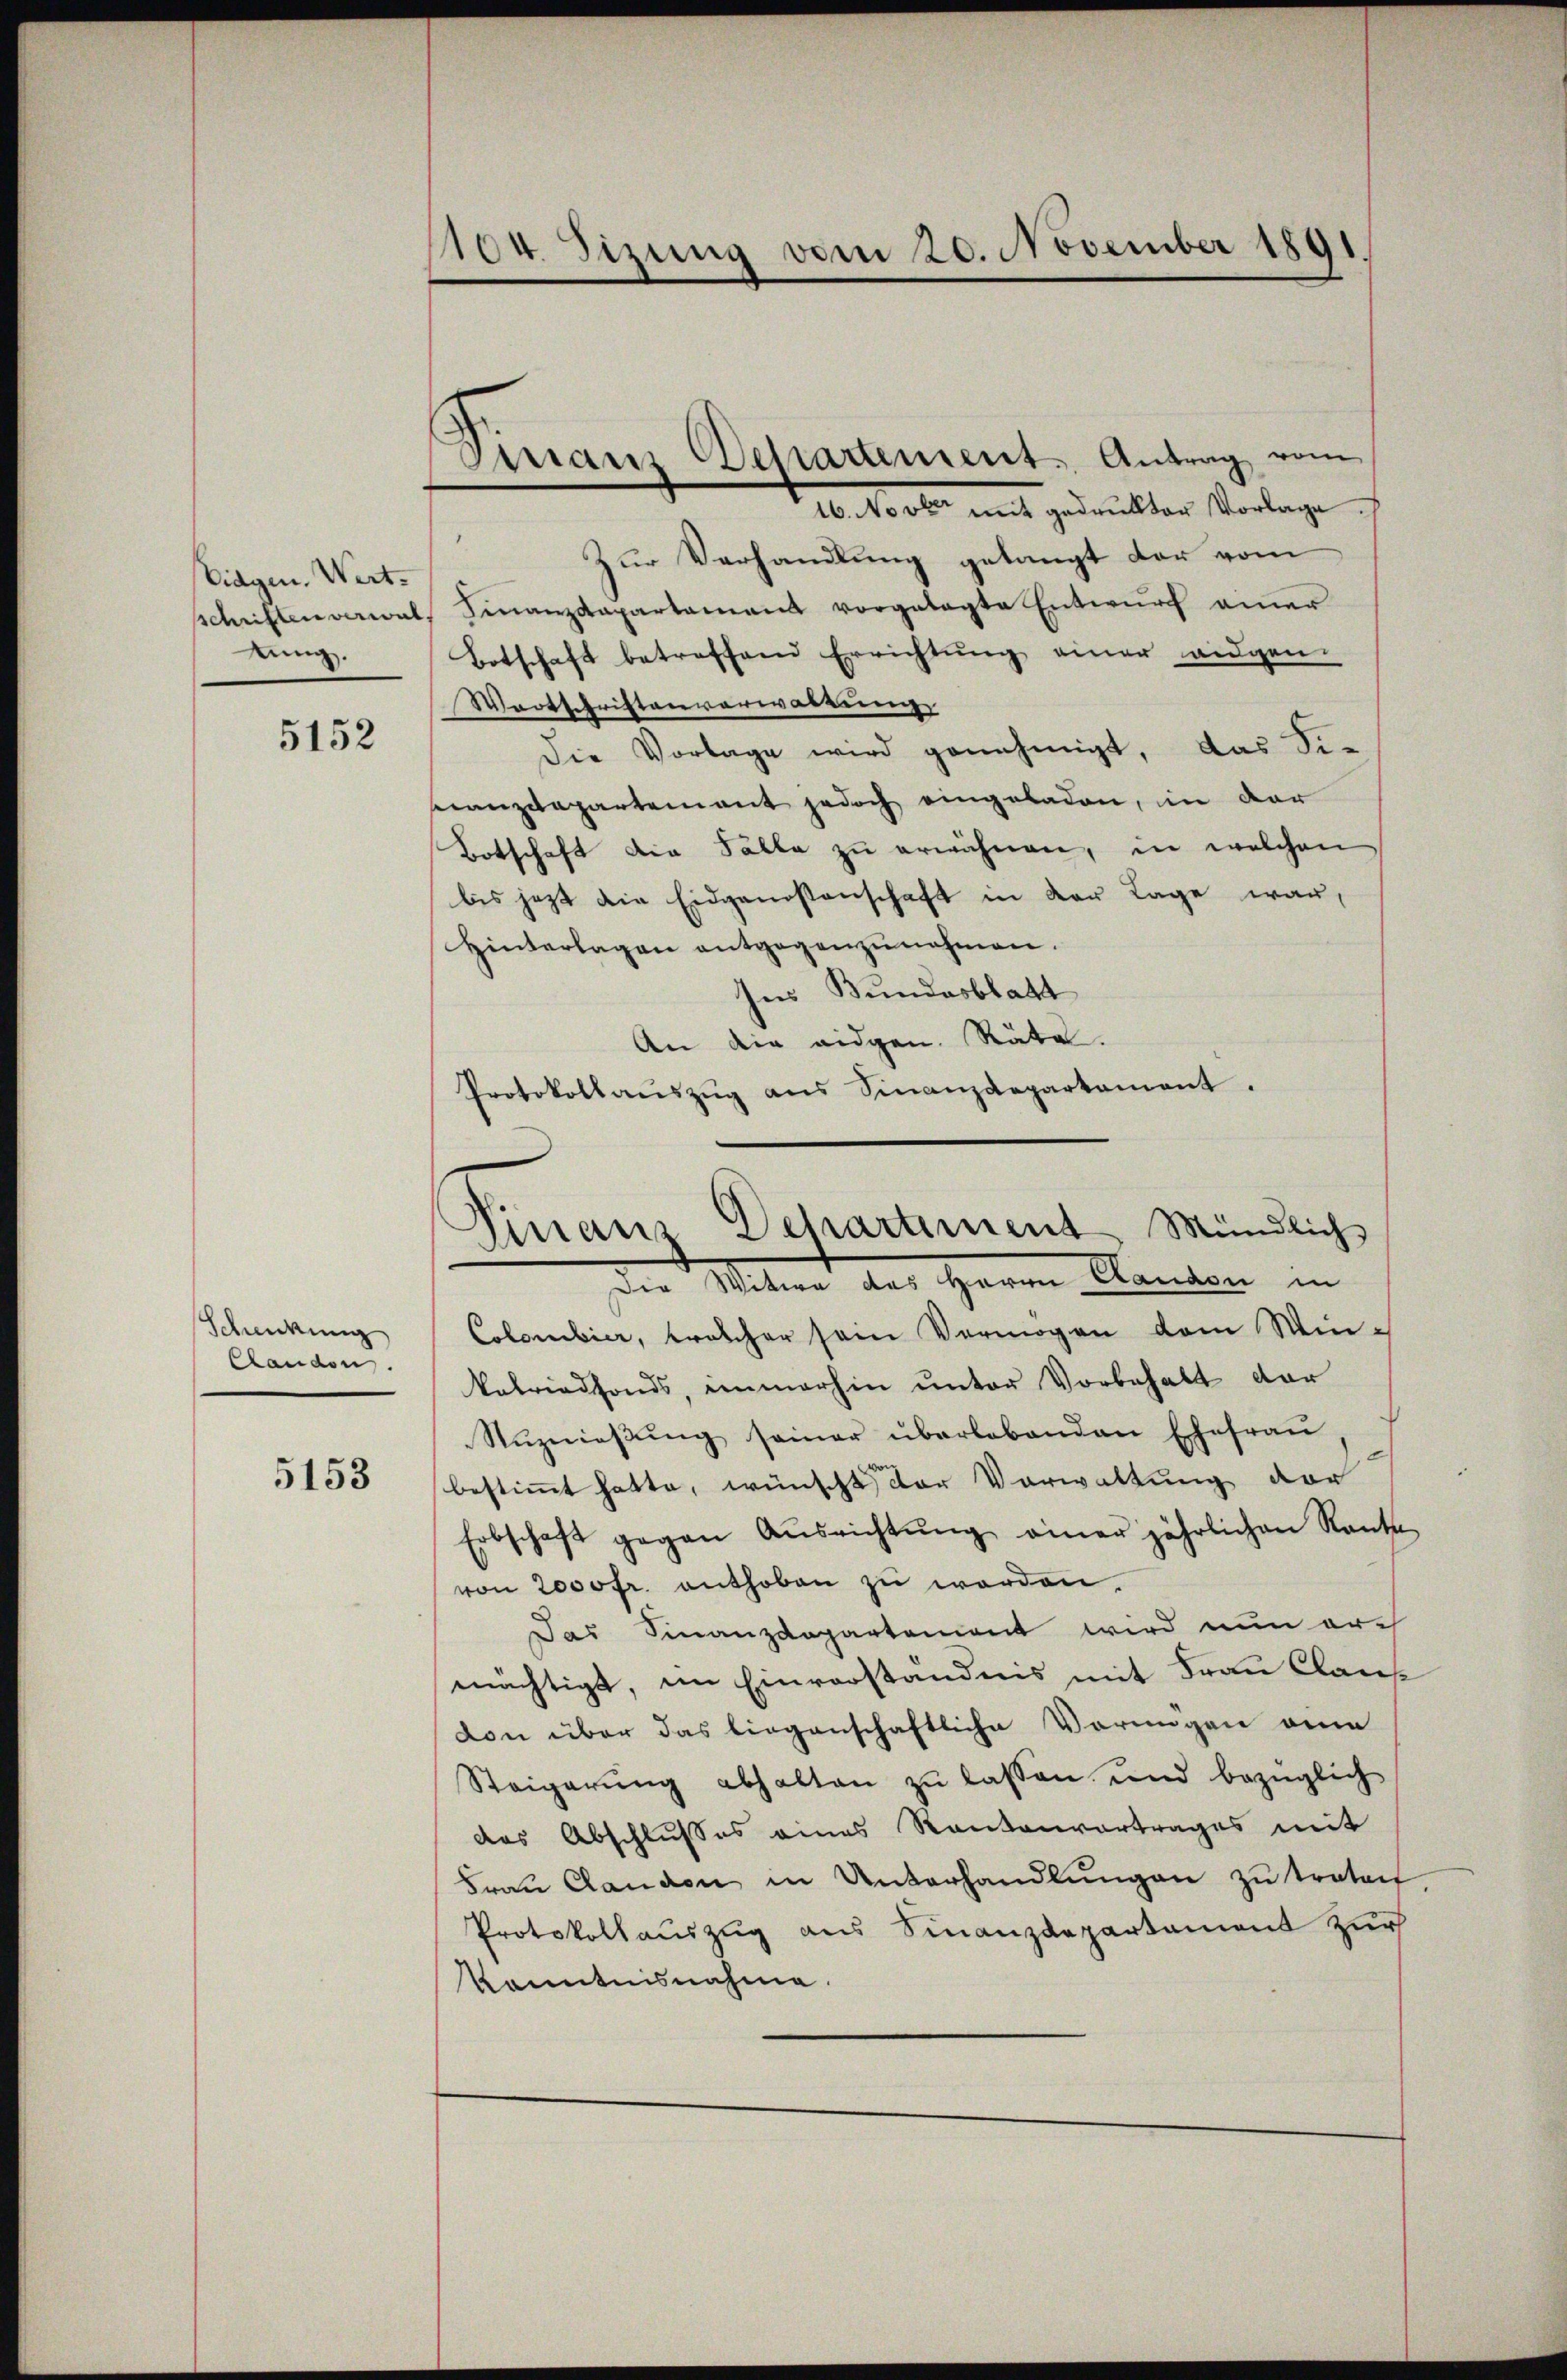
Eidgen. Wert.
sschriften verwal
tung.

5152

Schenkung
Clandon.

5153

1104. Sizung vom 20. November 1891

Finanz Departement. Antrag vom
16. Novber mit gedrukter Vorlage.

.
Zur Verhandlung gelangt der vom
Finanzdepartamant vorgelegte Entwurf einer
Botschaft betreffend Errichtŭng einer angen
Wortschriftenverwaltung
Die Vorlage wird genehmigt, das Si-
eanzdepartement jedoch eingeladen, in der
Botschaft die Fälle zu erwähnen, in welchen
bis jetzt die Eidgenossenschaft in der Lage war,
Hinterlagen entgegenzŭnahmen.
Ins Bundesblatt
An die eidgen. Räte.
Protokollaŭszŭg ans Finanzdepartament.

Finanz Departement Mündlich

der Witwe des Herrn Landen in
Colombier, welcher sein Vermögen vom Win¬
Velriedfonds, immerhin ŭnter Vorbehalt dar
Rŭznieβŭng seiner überlebenden Ehefraŭ
bestimmt hatte, wünscht, der Verwaltung der
Erbschaft gegen Aŭsrichtŭng einer jährlichen Rante
von 2000fr. enthoben zu worden.
Das Finanzdepartement wird nun arch
mächtigt, im Einverständnis mit Frau Claus
von über das liegenschaftliche Vorungen eine
Steigerŭng abhalten zŭ lassen und bezüglich
das Abschlußes eines Rankenvertrages mit
Fraŭ Canden in Unterhandlŭngen zŭ traten
Protokollauszug aus Finanzdepartament zur
Kenntnisnahme.